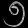
Digit: ၅